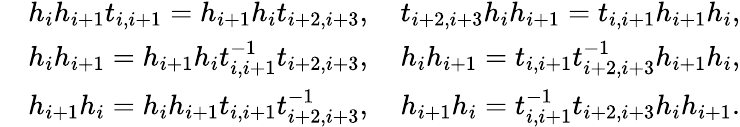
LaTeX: \begin{array}{rl}&{h_{i}h_{i+1}t_{i,i+1}=h_{i+1}h_{i}t_{i+2,i+3},\quad t_{i+2,i+3}h_{i}h_{i+1}=t_{i,i+1}h_{i+1}h_{i},}\\ &{h_{i}h_{i+1}=h_{i+1}h_{i}t_{i,i+1}^{-1}t_{i+2,i+3},\quad h_{i}h_{i+1}=t_{i,i+1}t_{i+2,i+3}^{-1}h_{i+1}h_{i},}\\ &{h_{i+1}h_{i}=h_{i}h_{i+1}t_{i,i+1}t_{i+2,i+3}^{-1},\quad h_{i+1}h_{i}=t_{i,i+1}^{-1}t_{i+2,i+3}h_{i}h_{i+1}.}\end{array}